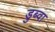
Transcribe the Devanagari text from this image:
डुब्वा